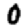
Digit: 0